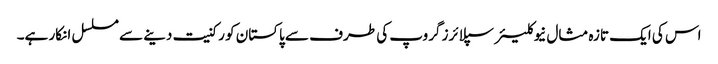
اس کی ایک تازہ مثال نیوکلیئر سپلائرز گروپ کی طرف سے پاکستان کو رکنیت دینے سے مسلسل انکار ہے۔